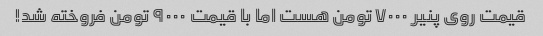
قیمت روی پنیر ۷۰۰۰ تومن هست اما با قیمت ۹۰۰۰ تومن فروخته شد!